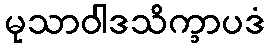
မုသာဝါဒသိက္ခာပဒံ